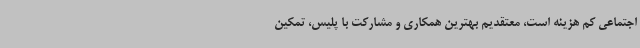
اجتماعی کم هزینه است، معتقدیم بهترین همکاری و مشارکت با پلیس، تمکین